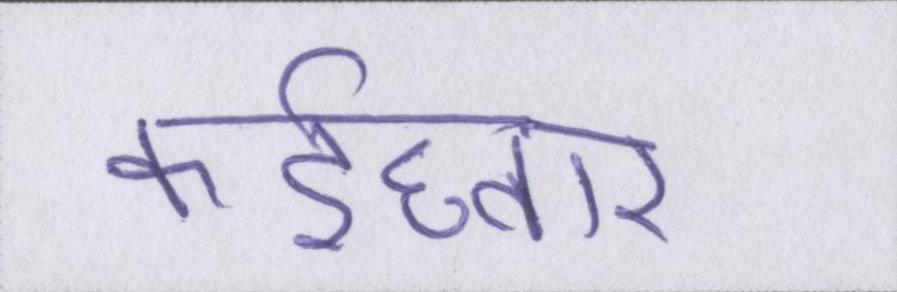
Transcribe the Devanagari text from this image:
कईघ्बार